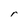
Character: r